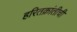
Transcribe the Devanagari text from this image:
हरितक्रांतीची